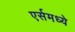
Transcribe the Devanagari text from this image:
एर्समध्ये